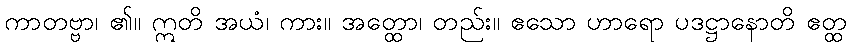
ကာတဗ္ဗာ၊ ၏။ ဣတိ အယံ၊ ကား။ အတ္ထော၊ တည်း။ ဧသော ဟာရော ပဒဋ္ဌာနောတိ ဧတ္ထ